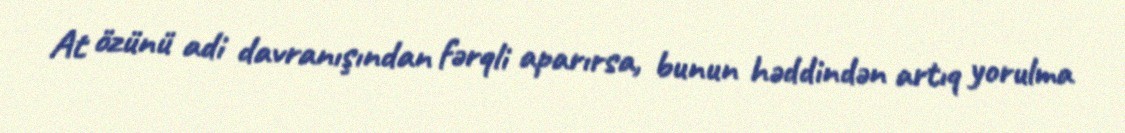
At özünü adi davranışından fərqli aparırsa, bunun həddindən artıq yorulma